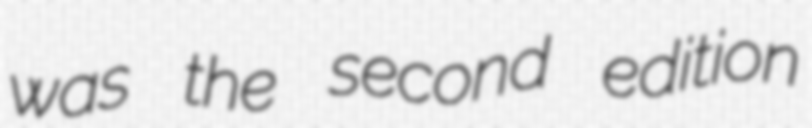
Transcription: was the second edition